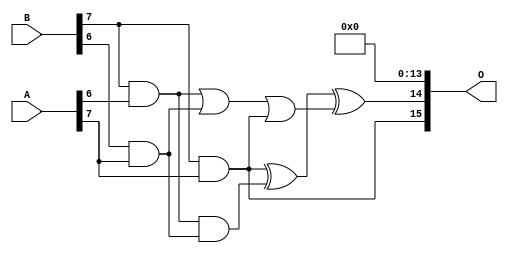
/***
* This code is a part of EvoApproxLib library (ehw.fit.vutbr.cz/approxlib) distributed under The MIT License.
* When used, please cite the following article(s): PRABAKARAN B. S., MRAZEK V., VASICEK Z., SEKANINA L., SHAFIQUE M. ApproxFPGAs: Embracing ASIC-based Approximate Arithmetic Components for FPGA-Based Systems. DAC 2020. 
***/
// MAE% = 0.048 %
// MAE = 2040348 
// WCE% = 0.20 %
// WCE = 8404992 
// WCRE% = 100.00 %
// EP% = 100.00 %
// MRE% = 1.34 %
// MSE = 61508.569e8 
// FPGA_POWER = 1.5
// FPGA_DELAY = 13
// FPGA_LUT = 89

module mult8_cgp14ep_ep65536_wc16384_2_csamcsa (
    A,
    B,
    O
);

input [7:0] A;
input [7:0] B;
output [15:0] O;

wire sig_225,sig_267,sig_268,sig_299,sig_300,sig_302,sig_328,sig_331;

assign sig_225 = B[7] & A[6];
assign sig_267 = B[6] & A[7];
assign sig_268 = B[7] & A[7];
assign sig_299 = sig_225 | sig_267;
assign sig_300 = sig_225 & sig_267;
assign sig_302 = sig_299 | sig_268;
assign sig_328 = sig_268 ^ sig_300;
assign sig_331 = sig_328 ^ sig_302;

assign O[15] = sig_268;
assign O[14] = sig_331;
assign O[13] = 1'b0;
assign O[12] = 1'b0;
assign O[11] = 1'b0;
assign O[10] = 1'b0;
assign O[9] = 1'b0;
assign O[8] = 1'b0;
assign O[7] = 1'b0;
assign O[6] = 1'b0;
assign O[5] = 1'b0;
assign O[4] = 1'b0;
assign O[3] = 1'b0;
assign O[2] = 1'b0;
assign O[1] = 1'b0;
assign O[0] = 1'b0;

endmodule


module trun8_tam00b ( A, B, O );
  input [7:0] A;
  input [7:0] B;
  output [15:0] O;

  wire C_1_0,C_1_1,C_1_2,C_1_3,C_1_4,C_1_5,C_1_6,C_2_0,C_2_1,C_2_2,C_2_3,C_2_4,C_2_5,C_2_6,C_3_0,C_3_1,C_3_2,C_3_3,C_3_4,C_3_5,C_3_6,C_4_0,C_4_1,C_4_2,C_4_3,C_4_4,C_4_5,C_4_6,C_5_0,C_5_1,C_5_2,C_5_3,C_5_4,C_5_5,C_5_6,C_6_0,C_6_1,C_6_2,C_6_3,C_6_4,C_6_5,C_6_6,C_7_0,C_7_1,C_7_2,C_7_3,C_7_4,C_7_5,C_7_6,S_0_0,S_0_1,S_0_2,S_0_3,S_0_4,S_0_5,S_0_6,S_0_7,S_1_0,S_1_1,S_1_2,S_1_3,S_1_4,S_1_5,S_1_6,S_1_7,S_2_0,S_2_1,S_2_2,S_2_3,S_2_4,S_2_5,S_2_6,S_2_7,S_3_0,S_3_1,S_3_2,S_3_3,S_3_4,S_3_5,S_3_6,S_3_7,S_4_0,S_4_1,S_4_2,S_4_3,S_4_4,S_4_5,S_4_6,S_4_7,S_5_0,S_5_1,S_5_2,S_5_3,S_5_4,S_5_5,S_5_6,S_5_7,S_6_0,S_6_1,S_6_2,S_6_3,S_6_4,S_6_5,S_6_6,S_6_7,S_7_0,S_7_1,S_7_2,S_7_3,S_7_4,S_7_5,S_7_6,S_7_7,S_8_0,S_8_1,S_8_2,S_8_3,S_8_4,S_8_5,S_8_6,S_8_7;

  assign S_0_0 = (A[0] & B[0]);
  assign S_0_1 = (A[0] & B[1]);
  assign S_0_2 = (A[0] & B[2]);
  assign S_0_3 = (A[0] & B[3]);
  assign S_0_4 = (A[0] & B[4]);
  assign S_0_5 = (A[0] & B[5]);
  assign S_0_6 = (A[0] & B[6]);
  assign S_0_7 = (A[0] & B[7]);
  PDKGENHAX1 U13609 (.A(S_0_1), .B((A[1] & B[0])), .YS(S_1_0), .YC(C_1_0));
  PDKGENHAX1 U13610 (.A(S_0_2), .B((A[1] & B[1])), .YS(S_1_1), .YC(C_1_1));
  PDKGENHAX1 U13611 (.A(S_0_3), .B((A[1] & B[2])), .YS(S_1_2), .YC(C_1_2));
  PDKGENHAX1 U13612 (.A(S_0_4), .B((A[1] & B[3])), .YS(S_1_3), .YC(C_1_3));
  PDKGENHAX1 U13613 (.A(S_0_5), .B((A[1] & B[4])), .YS(S_1_4), .YC(C_1_4));
  PDKGENHAX1 U13614 (.A(S_0_6), .B((A[1] & B[5])), .YS(S_1_5), .YC(C_1_5));
  PDKGENHAX1 U13615 (.A(S_0_7), .B((A[1] & B[6])), .YS(S_1_6), .YC(C_1_6));
  assign S_1_7 = (A[1] & B[7]);
  PDKGENFAX1 U13617 (.A(S_1_1), .B(C_1_0), .C((A[2] & B[0])), .YS(S_2_0), .YC(C_2_0));
  PDKGENFAX1 U13618 (.A(S_1_2), .B(C_1_1), .C((A[2] & B[1])), .YS(S_2_1), .YC(C_2_1));
  PDKGENFAX1 U13619 (.A(S_1_3), .B(C_1_2), .C((A[2] & B[2])), .YS(S_2_2), .YC(C_2_2));
  PDKGENFAX1 U13620 (.A(S_1_4), .B(C_1_3), .C((A[2] & B[3])), .YS(S_2_3), .YC(C_2_3));
  PDKGENFAX1 U13621 (.A(S_1_5), .B(C_1_4), .C((A[2] & B[4])), .YS(S_2_4), .YC(C_2_4));
  PDKGENFAX1 U13622 (.A(S_1_6), .B(C_1_5), .C((A[2] & B[5])), .YS(S_2_5), .YC(C_2_5));
  PDKGENFAX1 U13623 (.A(S_1_7), .B(C_1_6), .C((A[2] & B[6])), .YS(S_2_6), .YC(C_2_6));
  assign S_2_7 = (A[2] & B[7]);
  PDKGENFAX1 U13625 (.A(S_2_1), .B(C_2_0), .C((A[3] & B[0])), .YS(S_3_0), .YC(C_3_0));
  PDKGENFAX1 U13626 (.A(S_2_2), .B(C_2_1), .C((A[3] & B[1])), .YS(S_3_1), .YC(C_3_1));
  PDKGENFAX1 U13627 (.A(S_2_3), .B(C_2_2), .C((A[3] & B[2])), .YS(S_3_2), .YC(C_3_2));
  PDKGENFAX1 U13628 (.A(S_2_4), .B(C_2_3), .C((A[3] & B[3])), .YS(S_3_3), .YC(C_3_3));
  PDKGENFAX1 U13629 (.A(S_2_5), .B(C_2_4), .C((A[3] & B[4])), .YS(S_3_4), .YC(C_3_4));
  PDKGENFAX1 U13630 (.A(S_2_6), .B(C_2_5), .C((A[3] & B[5])), .YS(S_3_5), .YC(C_3_5));
  PDKGENFAX1 U13631 (.A(S_2_7), .B(C_2_6), .C((A[3] & B[6])), .YS(S_3_6), .YC(C_3_6));
  assign S_3_7 = (A[3] & B[7]);
  PDKGENFAX1 U13633 (.A(S_3_1), .B(C_3_0), .C((A[4] & B[0])), .YS(S_4_0), .YC(C_4_0));
  PDKGENFAX1 U13634 (.A(S_3_2), .B(C_3_1), .C((A[4] & B[1])), .YS(S_4_1), .YC(C_4_1));
  PDKGENFAX1 U13635 (.A(S_3_3), .B(C_3_2), .C((A[4] & B[2])), .YS(S_4_2), .YC(C_4_2));
  PDKGENFAX1 U13636 (.A(S_3_4), .B(C_3_3), .C((A[4] & B[3])), .YS(S_4_3), .YC(C_4_3));
  PDKGENFAX1 U13637 (.A(S_3_5), .B(C_3_4), .C((A[4] & B[4])), .YS(S_4_4), .YC(C_4_4));
  PDKGENFAX1 U13638 (.A(S_3_6), .B(C_3_5), .C((A[4] & B[5])), .YS(S_4_5), .YC(C_4_5));
  PDKGENFAX1 U13639 (.A(S_3_7), .B(C_3_6), .C((A[4] & B[6])), .YS(S_4_6), .YC(C_4_6));
  assign S_4_7 = (A[4] & B[7]);
  PDKGENFAX1 U13641 (.A(S_4_1), .B(C_4_0), .C((A[5] & B[0])), .YS(S_5_0), .YC(C_5_0));
  PDKGENFAX1 U13642 (.A(S_4_2), .B(C_4_1), .C((A[5] & B[1])), .YS(S_5_1), .YC(C_5_1));
  PDKGENFAX1 U13643 (.A(S_4_3), .B(C_4_2), .C((A[5] & B[2])), .YS(S_5_2), .YC(C_5_2));
  PDKGENFAX1 U13644 (.A(S_4_4), .B(C_4_3), .C((A[5] & B[3])), .YS(S_5_3), .YC(C_5_3));
  PDKGENFAX1 U13645 (.A(S_4_5), .B(C_4_4), .C((A[5] & B[4])), .YS(S_5_4), .YC(C_5_4));
  PDKGENFAX1 U13646 (.A(S_4_6), .B(C_4_5), .C((A[5] & B[5])), .YS(S_5_5), .YC(C_5_5));
  PDKGENFAX1 U13647 (.A(S_4_7), .B(C_4_6), .C((A[5] & B[6])), .YS(S_5_6), .YC(C_5_6));
  assign S_5_7 = (A[5] & B[7]);
  PDKGENFAX1 U13649 (.A(S_5_1), .B(C_5_0), .C((A[6] & B[0])), .YS(S_6_0), .YC(C_6_0));
  PDKGENFAX1 U13650 (.A(S_5_2), .B(C_5_1), .C((A[6] & B[1])), .YS(S_6_1), .YC(C_6_1));
  PDKGENFAX1 U13651 (.A(S_5_3), .B(C_5_2), .C((A[6] & B[2])), .YS(S_6_2), .YC(C_6_2));
  PDKGENFAX1 U13652 (.A(S_5_4), .B(C_5_3), .C((A[6] & B[3])), .YS(S_6_3), .YC(C_6_3));
  PDKGENFAX1 U13653 (.A(S_5_5), .B(C_5_4), .C((A[6] & B[4])), .YS(S_6_4), .YC(C_6_4));
  PDKGENFAX1 U13654 (.A(S_5_6), .B(C_5_5), .C((A[6] & B[5])), .YS(S_6_5), .YC(C_6_5));
  PDKGENFAX1 U13655 (.A(S_5_7), .B(C_5_6), .C((A[6] & B[6])), .YS(S_6_6), .YC(C_6_6));
  assign S_6_7 = (A[6] & B[7]);
  PDKGENFAX1 U13657 (.A(S_6_1), .B(C_6_0), .C((A[7] & B[0])), .YS(S_7_0), .YC(C_7_0));
  PDKGENFAX1 U13658 (.A(S_6_2), .B(C_6_1), .C((A[7] & B[1])), .YS(S_7_1), .YC(C_7_1));
  PDKGENFAX1 U13659 (.A(S_6_3), .B(C_6_2), .C((A[7] & B[2])), .YS(S_7_2), .YC(C_7_2));
  PDKGENFAX1 U13660 (.A(S_6_4), .B(C_6_3), .C((A[7] & B[3])), .YS(S_7_3), .YC(C_7_3));
  PDKGENFAX1 U13661 (.A(S_6_5), .B(C_6_4), .C((A[7] & B[4])), .YS(S_7_4), .YC(C_7_4));
  PDKGENFAX1 U13662 (.A(S_6_6), .B(C_6_5), .C((A[7] & B[5])), .YS(S_7_5), .YC(C_7_5));
  PDKGENFAX1 U13663 (.A(S_6_7), .B(C_6_6), .C((A[7] & B[6])), .YS(S_7_6), .YC(C_7_6));
  assign S_7_7 = (A[7] & B[7]);
  assign {S_8_7, S_8_6, S_8_5, S_8_4, S_8_3, S_8_2, S_8_1, S_8_0} = {C_7_6, C_7_5, C_7_4, C_7_3, C_7_2, C_7_1, C_7_0} + {S_7_7, S_7_6, S_7_5, S_7_4, S_7_3, S_7_2, S_7_1};
  assign O = {S_8_7,S_8_6,S_8_5,S_8_4,S_8_3,S_8_2,S_8_1,S_8_0,S_7_0,S_6_0,S_5_0,S_4_0,S_3_0,S_2_0,S_1_0,S_0_0};

endmodule
module CLA32bit(a,b,c_in,sum,c_out);

input [31:0]a,b;
input c_in;
output [31:0]sum;
output c_out;

wire [31:0] sum_out,  p,  g;
wire [7:0] PPP, GGG;
wire [8:0] CC;

assign p[31:0] = a[31:0] ^ b[31:0];
assign g[31:0] = a[31:0] & b[31:0];

assign PPP[0]= p [3] & p [2] & p [1] & p [0];
assign PPP[1]= p [7] & p [6] & p [5] & p [4];
assign PPP[2]= p[11] & p[10] & p [9] & p [8];
assign PPP[3]= p[15] & p[14] & p[13] & p[12];
assign PPP[4]= p[19] & p[18] & p[17] & p[16];
assign PPP[5]= p[23] & p[22] & p[21] & p[20];
assign PPP[6]= p[27] & p[26] & p[25] & p[24];
assign PPP[7]= p[31] & p[30] & p[29] & p[28];

assign GGG[0]= g[3]  | (p [3] & g [2])  | (p [3] & p [2] & g [1])  | (p [3] & p [2] & p [1] & g [0]) ;
assign GGG[1]= g[7]  | (p [7] & g [6])  | (p [7] & p [6] & g [5])  | (p [7] & p [6] & p [5] & g [4]);
assign GGG[2]= g[11] | (p[11] & g[10])  | (p[11] & p[10] & g [9])  | (p[11] & p[10] & p [9] & g [8]);
assign GGG[3]= g[15] | (p[15] & g[14])  | (p[15] & p[14] & g[13])  | (p[15] & p[14] & p[13] & g[12]);
assign GGG[4]= g[19] | (p[19] & g[18])  | (p[19] & p[18] & g[17])  | (p[19] & p[18] & p[17] & g[16]);
assign GGG[5]= g[23] | (p[23] & g[22])  | (p[23] & p[22] & g[21])  | (p[23] & p[22] & p[21] & g[20]);
assign GGG[6]= g[27] | (p[27] & g[26])  | (p[27] & p[26] & g[25])  | (p[27] & p[26] & p[25] & g[24]);
assign GGG[7]= g[31] | (p[31] & g[30])  | (p[31] & p[30] & g[29])  | (p[31] & p[30] & p[29] & g[28]);
assign CC[0] = c_in;
assign CC[1] = GGG[0]  |  PPP[0]&  CC[0];
assign CC[2] = GGG[1]  |  PPP[1]&GGG[0]  |  PPP[1]&PPP[0]&  CC[0];
assign CC[3] = GGG[2]  |  PPP[2]&GGG[1]  |  PPP[2]&PPP[1]&GGG[0]  |  PPP[2]&PPP[1]&PPP[0]&  CC[0];
assign CC[4] = GGG[3]  |  PPP[3]&GGG[2]  |  PPP[3]&PPP[2]&GGG[1]  |  PPP[3]&PPP[2]&PPP[1]&GGG[0]  |  PPP[3]&PPP[2]&PPP[1]&PPP[0]&  CC[0];
assign CC[5] = GGG[4]  |  PPP[4]&GGG[3]  |  PPP[4]&PPP[3]&GGG[2]  |  PPP[4]&PPP[3]&PPP[2]&GGG[1]  |  PPP[4]&PPP[3]&PPP[2]&PPP[1]&GGG[0] |  PPP[4]&PPP[3]&PPP[2]&PPP[1]&PPP[0]&  CC[0];
assign CC[6] = GGG[5]  |  PPP[5]&GGG[4]  |  PPP[5]&PPP[4]&GGG[3]  |  PPP[5]&PPP[4]&PPP[3]&GGG[2]  |  PPP[5]&PPP[4]&PPP[3]&PPP[2]&GGG[1] |  PPP[5]&PPP[4]&PPP[3]&PPP[2]&PPP[1]&GGG[0] |  PPP[5]&PPP[4]&PPP[3]&PPP[2]&PPP[1]&PPP[0]& CC[0];
assign CC[7] = GGG[6]  | PPP[6]&GGG[5]  |  PPP[6]&PPP[5]&GGG[4]  |  PPP[6]&PPP[5]&PPP[4]&GGG[3]  |  PPP[6]&PPP[5]&PPP[4]&PPP[3]&GGG[2]  |  PPP[6]&PPP[5]&PPP[4]&PPP[3]&PPP[2]&GGG[1] |  PPP[6]&PPP[5]&PPP[4]&PPP[3]&PPP[2]&PPP[1]&GGG[0] |  PPP[6]&PPP[5]&PPP[4]&PPP[3]&PPP[2]&PPP[1]&PPP[0] & CC[0];
assign CC[8] = GGG[7] | PPP[7]&GGG[6]  | PPP[7]&PPP[6]&GGG[5]  |  PPP[7]&PPP[6]&PPP[5]&GGG[4]  |  PPP[7]&PPP[6]&PPP[5]&PPP[4]&GGG[3]  |  PPP[7]&PPP[6]&PPP[5]&PPP[4]&PPP[3]&GGG[2]  |  PPP[7]&PPP[6]&PPP[5]&PPP[4]&PPP[3]&PPP[2]&GGG[1] |  PPP[7]&PPP[6]&PPP[5]&PPP[4]&PPP[3]&PPP[2]&PPP[1]&GGG[0] |  PPP[7]&PPP[6]&PPP[5]&PPP[4]&PPP[3]&PPP[2]&PPP[1]&PPP[0] & CC[0];
cla_4bit cla4bit1(.aa(a  [3:0]),  .bb(b  [3:0]),  .cin(CC[0]),   .pp(p  [3:0]),  .gg(g  [3:0]),   .summ(sum  [3:0]));
cla_4bit cla4bit2(.aa(a  [7:4]),  .bb(b  [7:4]),  .cin(CC[1]),   .pp(p  [7:4]),  .gg(g  [7:4]),   .summ(sum  [7:4]));
cla_4bit cla4bit3(.aa(a [11:8]),  .bb(b [11:8]),  .cin(CC[2]),   .pp(p [11:8]),  .gg(g [11:8]),   .summ(sum [11:8]));
cla_4bit cla4bit4(.aa(a[15:12]),  .bb(b[15:12]),  .cin(CC[3]),   .pp(p[15:12]),  .gg(g[15:12]),   .summ(sum[15:12]));
cla_4bit cla4bit5(.aa(a[19:16]),  .bb(b[19:16]),  .cin(CC[4]),   .pp(p[19:16]),  .gg(g[19:16]),   .summ(sum[19:16]));
cla_4bit cla4bit6(.aa(a[23:20]),  .bb(b[23:20]),  .cin(CC[5]),   .pp(p[23:20]),  .gg(g[23:20]),   .summ(sum[23:20]));
cla_4bit cla4bit7(.aa(a[27:24]),  .bb(b[27:24]),  .cin(CC[6]),   .pp(p[27:24]),  .gg(g[27:24]),   .summ(sum[27:24]));
cla_4bit cla4bit8(.aa(a[31:28]),  .bb(b[31:28]),  .cin(CC[7]),   .pp(p[31:28]),  .gg(g[31:28]),   .summ(sum[31:28]));

assign c_out=CC[8];

endmodule
module cla_4bit(aa,bb,cin,summ,pp,gg);
input  [3:0] aa,bb,pp,gg;  
input cin;
output [3:0] summ;

wire [3:0] c;

   assign c[0] = cin;
   assign c[1] = gg[0] | (pp[0] & c[0]);
   assign c[2] = gg[1] | (pp[1] & gg[0]) | (pp[1] & pp[0] & c[0]);
   assign c[3] = gg[2] | (pp[2] & gg[1]) | (pp[2] & pp[1] & gg[0])| (pp[2] & pp[1] & pp[0] & c[0]);

   assign summ[3:0] = pp[3:0]  ^  c[3:0];
endmodule

`timescale 1ns/100ps
module mul16u_6NY ( input[15:0] A,
                   input[15:0] B,
                   output [31:0] O
                 );

wire [15:0] ll,lh,hl,hh;
wire [31:0] llhhlh_sum;
wire [31:0] shifted_llhh, shifted_lh, shifted_hl;

localparam MAX1 = 15;
localparam MIN1 = 8;

localparam MAX2 = 7;
localparam MIN2 = 0;

mult8_cgp14ep_ep65536_wc16384_2_csamcsa LxL (.A(A[MAX2:MIN2]), .B(B[MAX2:MIN2]), .O(ll));
mult8_cgp14ep_ep65536_wc16384_2_csamcsa HxL (.A(A[MAX1:MIN1]), .B(B[MAX2:MIN2]), .O(hl));
mult8_cgp14ep_ep65536_wc16384_2_csamcsa LxH (.A(A[MAX2:MIN2]), .B(B[MAX1:MIN1]), .O(lh));
trun8_tam00b HxH (.A(A[MAX1:MIN1]), .B(B[MAX1:MIN1]), .O(hh));

assign shifted_llhh = { hh, ll }; 
assign shifted_lh = { {8{1'b0}}, lh, {8{1'b0}}}; 
assign shifted_hl = { {8{1'b0}}, hl, {8{1'b0}}};
CLA32bit LLHHLH (.a(shifted_llhh), .b(shifted_lh), .c_in(1'b0), .sum(llhhlh_sum), .c_out());
CLA32bit SUMO (.a(llhhlh_sum), .b(shifted_hl), .c_in(1'b0), .sum(O), .c_out());

endmodule


/* mod */
module PDKGENFAX1( input A, input B, input C, output YS, output YC );
    assign YS = (A ^ B) ^ C;
    assign YC = (A & B) | (B & C) | (A & C);
endmodule
/* mod */
module PDKGENHAX1( input A, input B, output YS, output YC );
    assign YS = A ^ B;
    assign YC = A & B;
endmodule